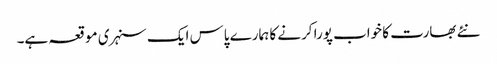
نئے بھارت کا خواب پورا کرنے کا ہمارے پاس ایک سنہری موقعہ ہے۔